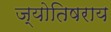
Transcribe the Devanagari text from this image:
ज्योतिषराय